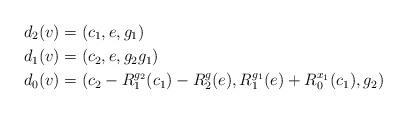
LaTeX: \begin{align*} d_2(v)&=(c_1,e,g_1) \\ d_1(v)&=(c_2,e,g_2g_1) \\ d_0(v)&=(c_2-R^{g_2}_1(c_1)-R_2^{g}(e),R^{g_1}_1(e)+R^{x_1}_0(c_1),g_2) \end{align*}